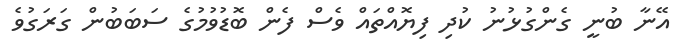
އޭނާ ބުނީ ގެންގުޅުނު ކުދި ފިޔޮއްތައް ވެސް ފެން ބޮޑުވުމުގެ ސަބަބުން ގަރަގުވެ